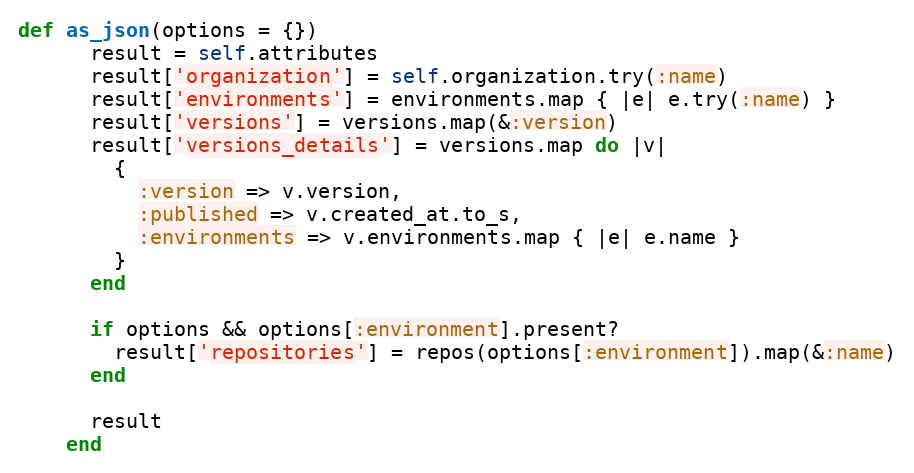
Language: Ruby
def as_json(options = {})
      result = self.attributes
      result['organization'] = self.organization.try(:name)
      result['environments'] = environments.map { |e| e.try(:name) }
      result['versions'] = versions.map(&:version)
      result['versions_details'] = versions.map do |v|
        {
          :version => v.version,
          :published => v.created_at.to_s,
          :environments => v.environments.map { |e| e.name }
        }
      end

      if options && options[:environment].present?
        result['repositories'] = repos(options[:environment]).map(&:name)
      end

      result
    end